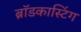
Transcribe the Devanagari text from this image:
ब्राॅडकास्टिंग